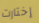
إختارت